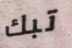
تبك